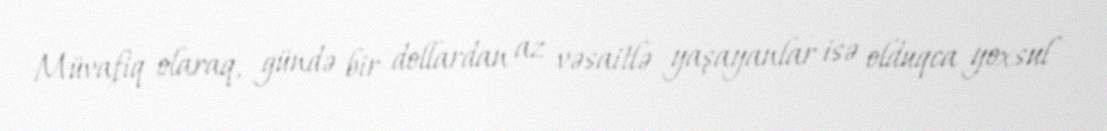
Müvafiq olaraq, gündə bir dollardan az vəsaitlə yaşayanlar isə olduqca yoxsul